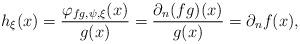
LaTeX: \begin{gather*} h_\xi(x) = \frac{\varphi_{fg,\psi,\xi}(x)}{g(x)} = \frac{\partial_n (fg)(x)}{g(x)} = \partial_n f(x), \end{gather*}